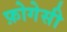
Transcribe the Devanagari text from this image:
फ़ोगेसी